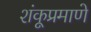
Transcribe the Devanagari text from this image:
शंकूप्रमाणे